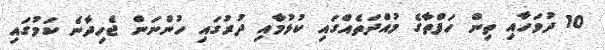
10 ދުވަހާއި ތިން ހަފްތާގެ މުއްދަތެއްގައި ކުޅުމާއި ދުރުގައި ހުންނަން ޖެހިދާނެ ކަމުގައި